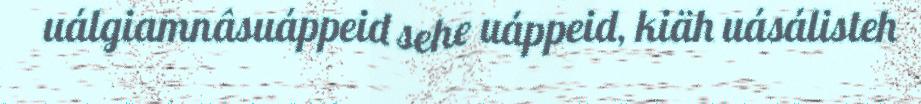
uálgiamnâsuáppeid sehe uáppeid, kiäh uásálisteh